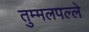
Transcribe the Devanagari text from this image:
तुम्मलपल्ले